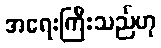
အရေးကြီးသည်ဟု